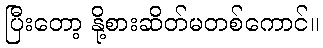
ပြီးတော့ နို့စားဆိတ်မတစ်ကောင်။